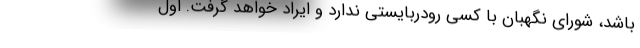
باشد، شورای نگهبان با کسی رودربایستی ندارد و ایراد خواهد گرفت. اول